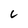
Character: 6